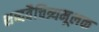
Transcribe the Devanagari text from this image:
शब्दवैचित्र्यमूलक